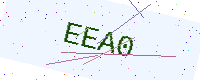
Text: EEA0